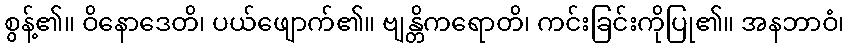
စွန့်၏။ ဝိနောဒေတိ၊ ပယ်ဖျောက်၏။ ဗျန္တိကရောတိ၊ ကင်းခြင်းကိုပြု၏။ အနဘာဝံ၊